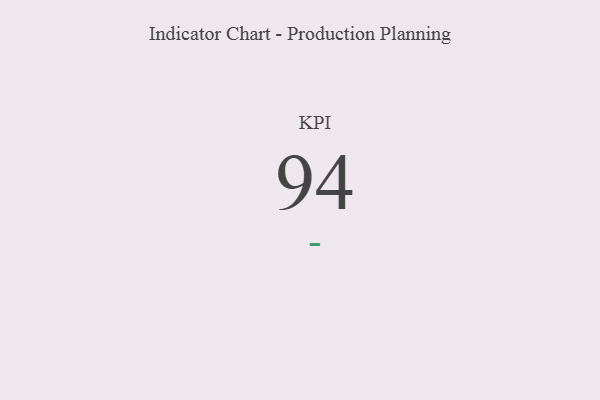
{"axis": {"x": "KPI", "y": "Value"}, "legend": [""], "data": [{"x": "KPI", "y": 94, "type": ""}]}